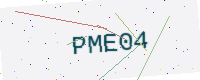
Text: PME04